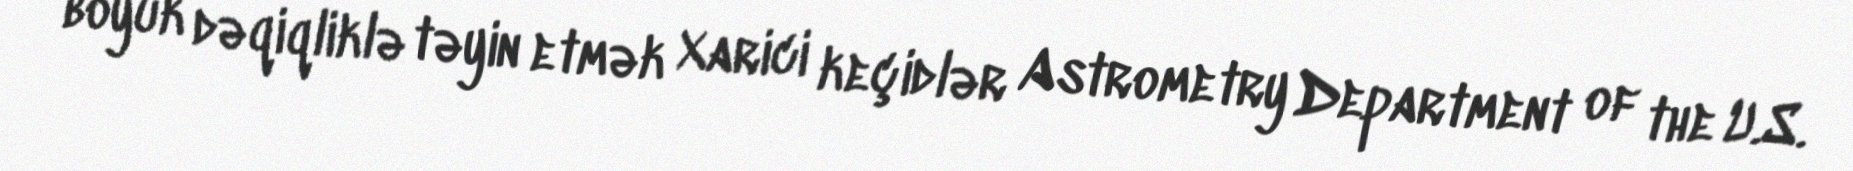
böyük dəqiqliklə təyin etmək Xarici keçidlər Astrometry Department of the U.S.